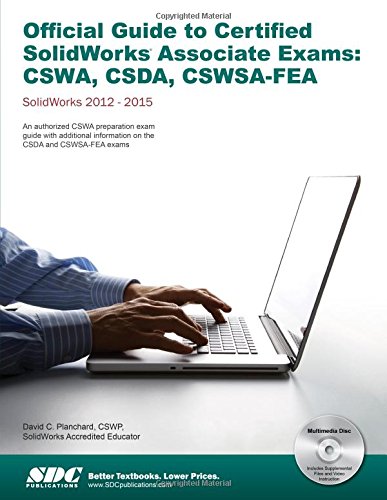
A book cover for Official Guide to Certified SolidWorks Associate Exams - CSWA, CSDA, CSWSA-FEA (SolidWorks 2015, 2014, 2013, and 2012); David C. Planchard; Arts & Photography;